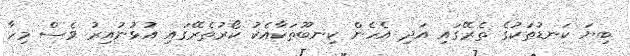
ބިޔަ ކަނޑުތަކުގެ ތެރޭގައި އަދި އެހެން ކިނބޫތަކާއެކު ކޯރުތެރޭގައި އުޅުނުއިރު ވެސް މިހާ